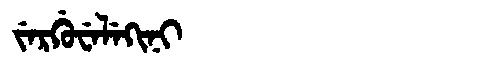
Manchu: ᠵᡝᡵᡤᡠᠸᡝᠯᡝᡴᡳᠨᡳ
Romanization: JERGUWELEKINI